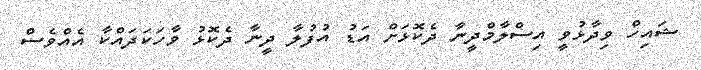
ޝައިހް ވިދާޅުވީ އިސްލާމްދީނާ ދެކޮޅަށް އަޑު އުފުލާ ދީނާ ދެކޮޅު ވާހަކަދައްކާ އެއްވެސް